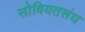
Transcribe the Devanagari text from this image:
सोवियतसंघ